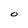
Character: O